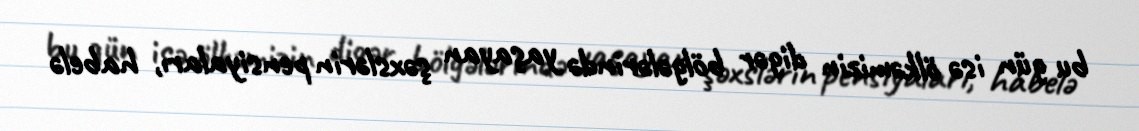
bu gün isə ölkəmizin digər bölgələrində yaşayan şəxslərin pensiyaları, habelə